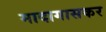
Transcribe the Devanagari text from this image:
मादागासकर